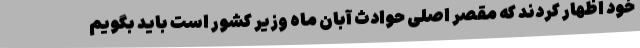
خود اظهار کردند که مقصر اصلی حوادث آبان ماه وزیر کشور است باید بگویم